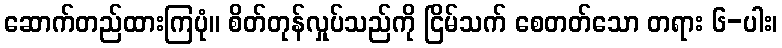
ဆောက်တည်ထားကြပုံ။ စိတ်တုန်လှုပ်သည်ကို ငြိမ်သက် စေတတ်သော တရား ၆-ပါး၊